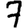
Digit: 7